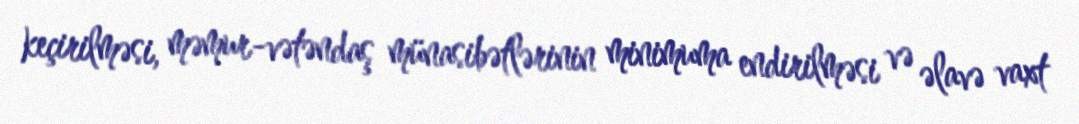
keçirilməsi, məmur-vətəndaş münasibətlərinin minimuma endirilməsi və əlavə vaxt